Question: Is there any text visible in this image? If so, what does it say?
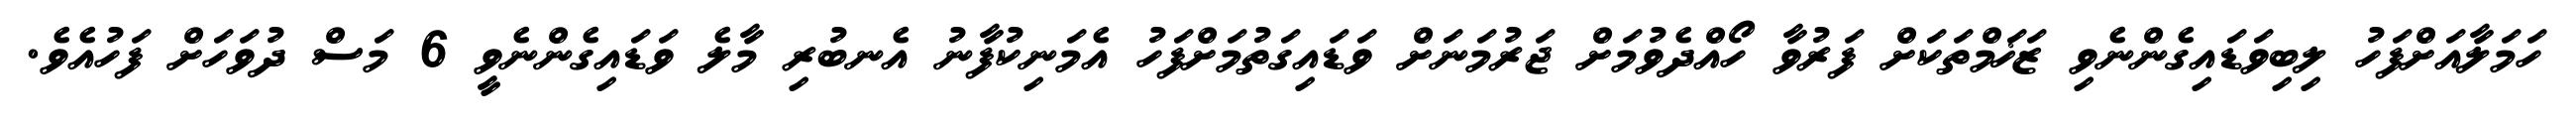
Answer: ހަމަލާއަށްފަހު ލިބިވަޑައިގެންނެވި ޒަޚަމްތަކަށް ފަރުވާ ހޯއްދެވުމަށް ޖަރުމަނަށް ވަޑައިގަތުމަށްފަހު އެމަނިކުފާނު އެނބުރި މާލެ ވަޑައިގެންނެވީ 6 މަސް ދުވަހަށް ފަހުއެވެ.